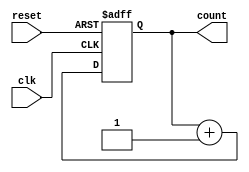
module ripple_counter #(
    parameter N = 4 // Default to 4-bit counter
)(
    input wire clk,       // Clock input
    input wire reset,     // Asynchronous reset input
    output reg [N-1:0] count // n-bit count output
);

// Process for the ripple counter
always @(posedge clk or posedge reset) begin
    if (reset) begin
        count <= 0; // Reset the counter to zero
    end else begin
        // Ripple counting logic
        count <= count + 1; // Increment the count
    end
end

endmodule